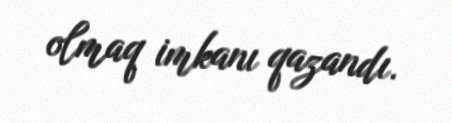
olmaq imkanı qazandı.